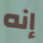
إنه